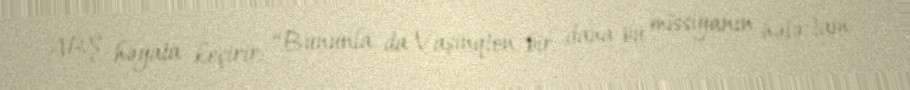
ABŞ həyata keçirir: “Bununla da Vaşinqton bir daha bu missiyanın hələ tam